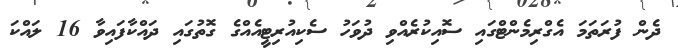
ދެން ފުރަތަމަ އެގްރިމެންޓްގައި ސޮއިކުރެއްވި ދުވަހު ސެކިއުރިޓީއެއްގެ ގޮތުގައި ދައްކާފައިވާ 16 ލައްކަ